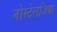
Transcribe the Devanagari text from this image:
नोस्‍टेलजिया